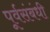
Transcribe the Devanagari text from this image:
पूर्वसंबंधी